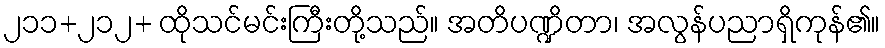
၂၁၁+၂၁၂+ ထိုသင်မင်းကြီးတို့သည်။ အတိပဏ္ဍိတာ၊ အလွန်ပညာရှိကုန်၏။